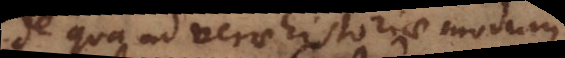
de qua ad verae historiae modum